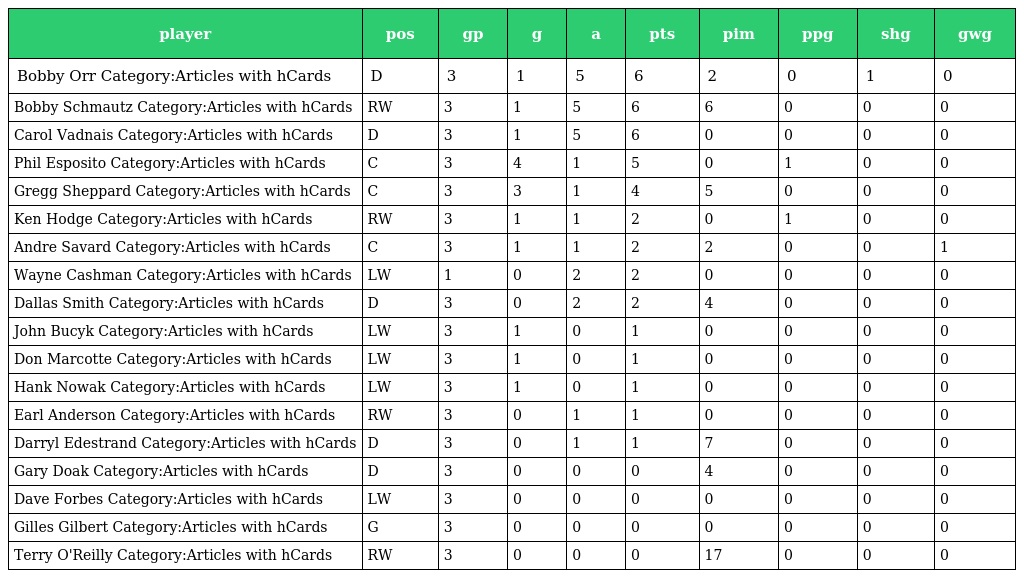
| player | pos | gp | g | a | pts | pim | ppg | shg | gwg |
 | --- | --- | --- | --- | --- | --- | --- | --- | --- | --- |
 | Bobby Orr Category:Articles with hCards | D | 3 | 1 | 5 | 6 | 2 | 0 | 1 | 0 |
 | Bobby Schmautz Category:Articles with hCards | RW | 3 | 1 | 5 | 6 | 6 | 0 | 0 | 0 |
 | Carol Vadnais Category:Articles with hCards | D | 3 | 1 | 5 | 6 | 0 | 0 | 0 | 0 |
 | Phil Esposito Category:Articles with hCards | C | 3 | 4 | 1 | 5 | 0 | 1 | 0 | 0 |
 | Gregg Sheppard Category:Articles with hCards | C | 3 | 3 | 1 | 4 | 5 | 0 | 0 | 0 |
 | Ken Hodge Category:Articles with hCards | RW | 3 | 1 | 1 | 2 | 0 | 1 | 0 | 0 |
 | Andre Savard Category:Articles with hCards | C | 3 | 1 | 1 | 2 | 2 | 0 | 0 | 1 |
 | Wayne Cashman Category:Articles with hCards | LW | 1 | 0 | 2 | 2 | 0 | 0 | 0 | 0 |
 | Dallas Smith Category:Articles with hCards | D | 3 | 0 | 2 | 2 | 4 | 0 | 0 | 0 |
 | John Bucyk Category:Articles with hCards | LW | 3 | 1 | 0 | 1 | 0 | 0 | 0 | 0 |
 | Don Marcotte Category:Articles with hCards | LW | 3 | 1 | 0 | 1 | 0 | 0 | 0 | 0 |
 | Hank Nowak Category:Articles with hCards | LW | 3 | 1 | 0 | 1 | 0 | 0 | 0 | 0 |
 | Earl Anderson Category:Articles with hCards | RW | 3 | 0 | 1 | 1 | 0 | 0 | 0 | 0 |
 | Darryl Edestrand Category:Articles with hCards | D | 3 | 0 | 1 | 1 | 7 | 0 | 0 | 0 |
 | Gary Doak Category:Articles with hCards | D | 3 | 0 | 0 | 0 | 4 | 0 | 0 | 0 |
 | Dave Forbes Category:Articles with hCards | LW | 3 | 0 | 0 | 0 | 0 | 0 | 0 | 0 |
 | Gilles Gilbert Category:Articles with hCards | G | 3 | 0 | 0 | 0 | 0 | 0 | 0 | 0 |
 | Terry O'Reilly Category:Articles with hCards | RW | 3 | 0 | 0 | 0 | 17 | 0 | 0 | 0 |